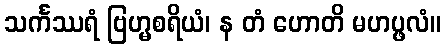
သင်္ကဿရံ ဗြဟ္မစရိယံ၊ န တံ ဟောတိ မဟပ္ဖလံ။